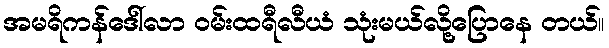
အမရိကန်ဒေါ်လာ ဝမ်းထရီလီယံ သုံးမယ်လို့ပြောနေ တယ်။